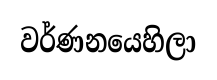
වර්ණනයෙහිලා